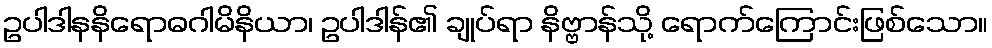
ဥပါဒါနနိရောဓဂါမိနိယာ၊ ဥပါဒါန်၏ ချုပ်ရာ နိဗ္ဗာန်သို့ ရောက်ကြောင်းဖြစ်သော။